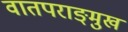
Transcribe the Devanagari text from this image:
वातपराङ्‌मुख